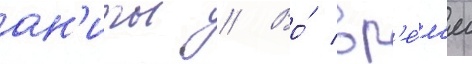
ан'иты // Во́ вр'е́м'я